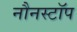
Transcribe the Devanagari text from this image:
नौनस्टॉप